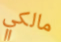
مالكي